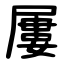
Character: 屢